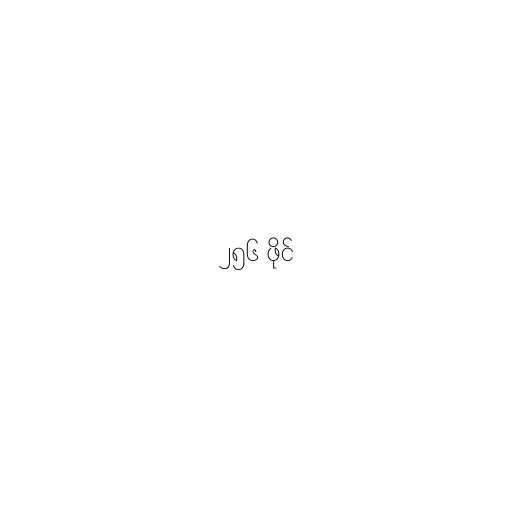
၂၅၆ ဖိုင်